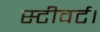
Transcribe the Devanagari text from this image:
स्टीवर्ट।